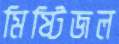
মিষ্টিজল